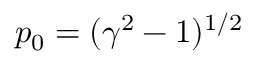
p _ { 0 } = ( \gamma ^ { 2 } - 1 ) ^ { 1 / 2 }